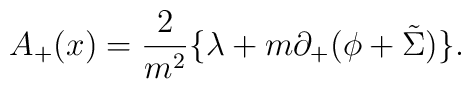
A_+(x)=\frac{2}{m^2}\{ {\lambda}+m{\partial}_+({\phi}+\tilde{\Sigma}) \}  .